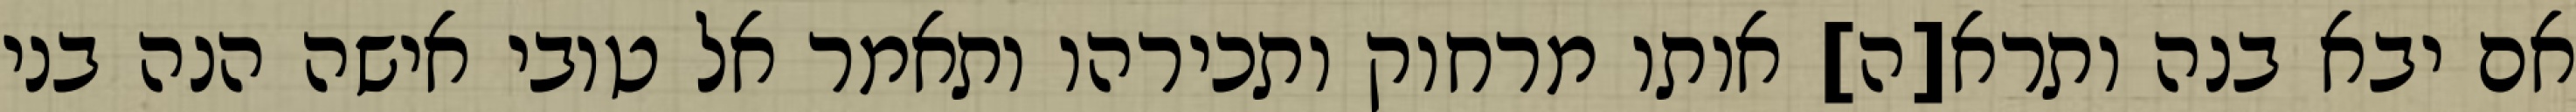
אם יבא בנה ותרא[ה] אותו מרחוק ותכירהו ותאמר אל טובי אישה הנה בני